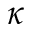
\kappa